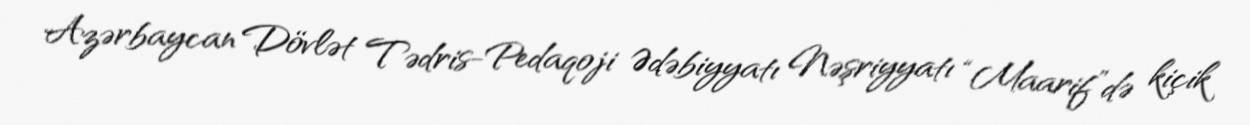
Azərbaycan Dövlət Tədris-Pedaqoji Ədəbiyyatı Nəşriyyatı “Maarif”də kiçik